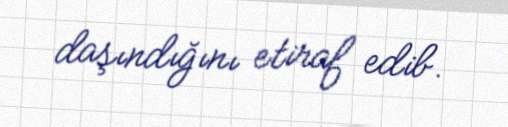
daşındığını etiraf edib.